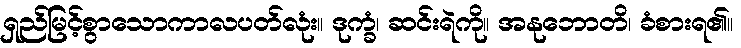
ရှည်မြင့်စွာသောကာလပတ်လုံး။ ဒုက္ခံ၊ ဆင်းရဲကို။ အနုဘောတိ၊ ခံစားရ၏။